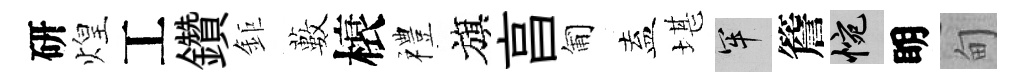
研煌工鑽鉅藪榱禮旗亯匍盍堪牢簷惋眀甸